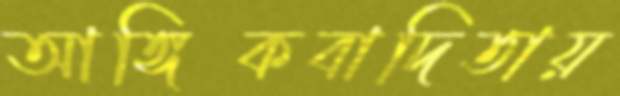
আঙ্গিকবাদিতায়